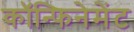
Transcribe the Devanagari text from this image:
कॉन्फिनेमेंट